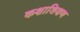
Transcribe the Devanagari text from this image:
कक्षाशिक्षण